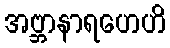
အဗ္ဘာနာရဟေဟိ